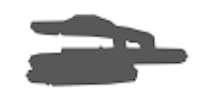
Text: a
Cross-out: scratch
Writing tool: digital_gray